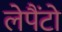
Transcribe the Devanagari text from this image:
लेपैंटो